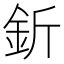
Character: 釿